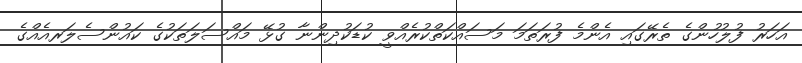
އަހަރު ފުލުހުންގެ ތެރޭގައި އެންމެ ފުރަތަމަ މަސައްކަތްކުރެއްވީ ކުޑަކުދިންނާ ގުޅޭ މައްސަލަތަކުގެ ކައުންސެލަރއެއްގެ